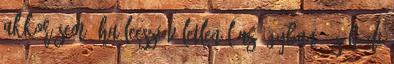
akkor sem, ha leeszi véletlenül az ágyban, és büdi